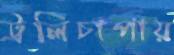
ট্রলিচাপায়